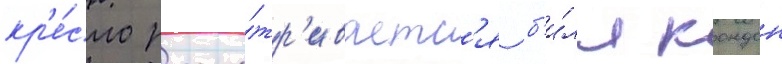
кр'е́сло рассма́тр'иваетс'я б'и́лл кондон